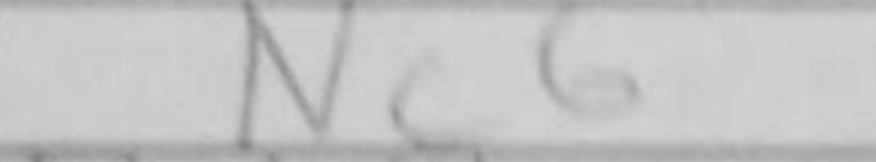
Transcription: Nc6